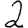
Digit: 2